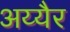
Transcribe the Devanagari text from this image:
अय्यैर